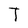
Character: T